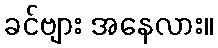
ခင်ဗျား အနေလား။